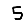
Digit: 5